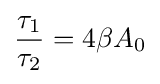
{\frac {\tau _{1}}{\tau _{2}}}=4\beta A_{0}